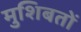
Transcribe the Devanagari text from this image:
मुशिबतों